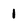
Character: 1